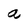
Character: a